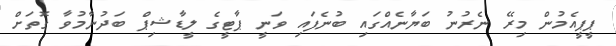
ޕީޕީއެމުން މިރޭ ނެރުނު ބަޔާނެއްގައި ބުނެފައި ވަނީ ޕާޓީގެ ލީޑާޝިޕް ބަދުނާމުވާ ގޮތަށް